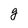
Character: g